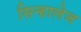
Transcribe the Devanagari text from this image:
सिन्हालेज